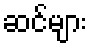
ဆင်များ